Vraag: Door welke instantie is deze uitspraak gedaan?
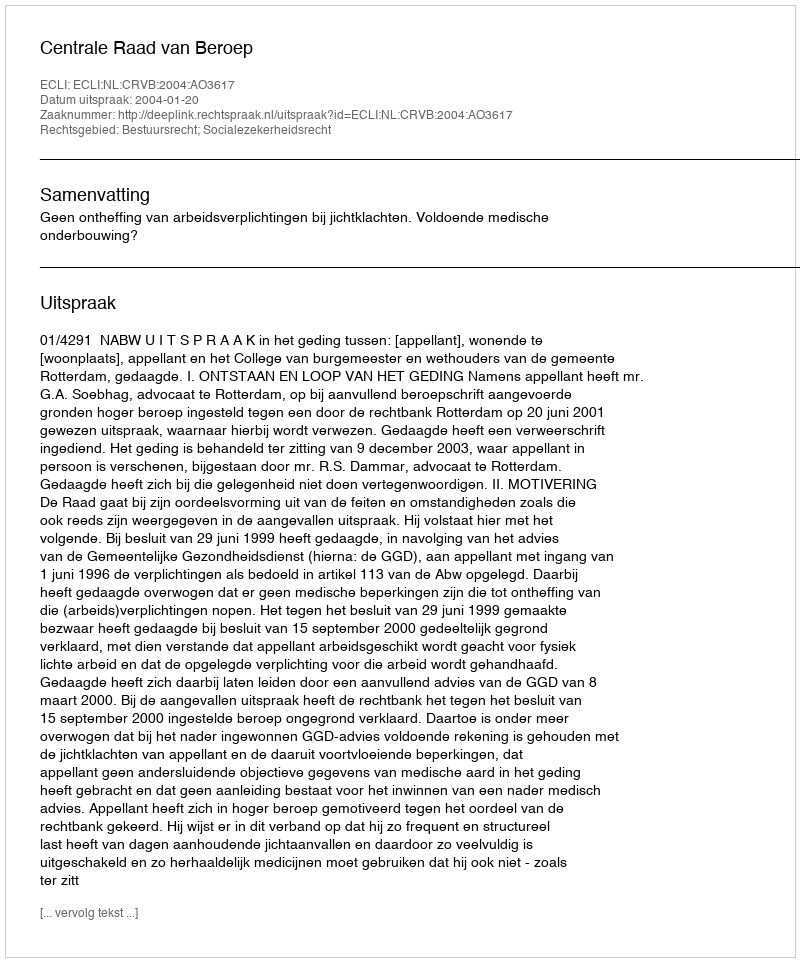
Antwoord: Centrale Raad van Beroep